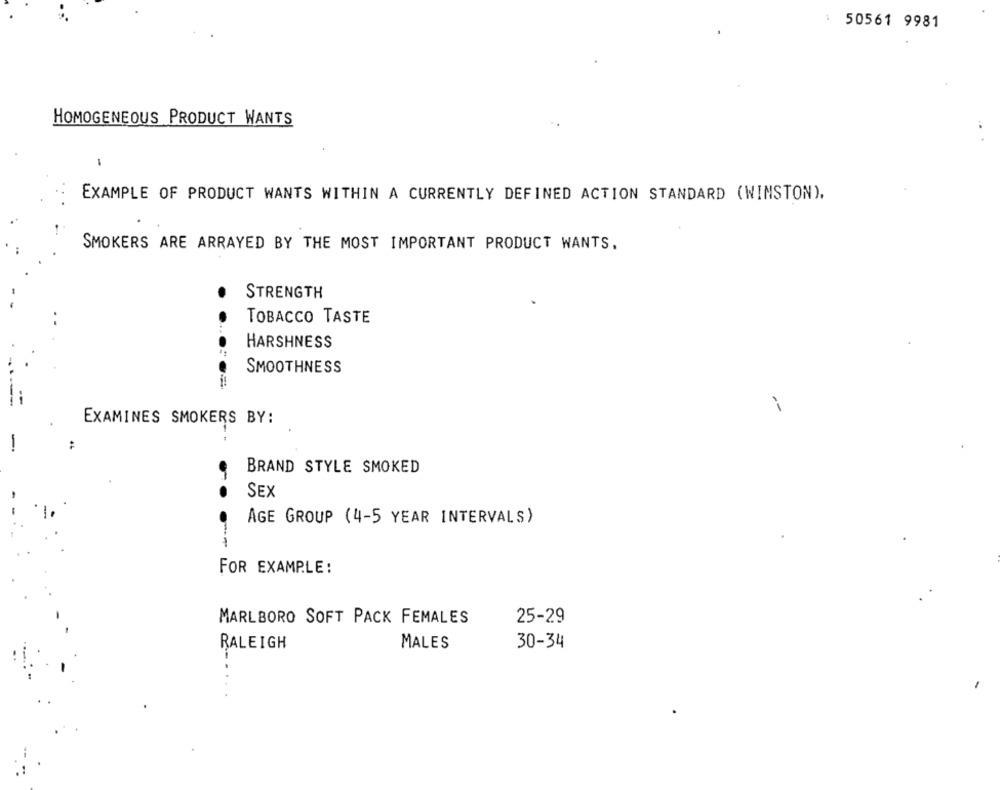
50561 9981
HOMOGENEOUS PRODUCT WANTS
EXAMPLE OF PRODUCT WANTS WITHIN A CURRENTLY DEFINED ACTION STANDARD (WINSTON).
SMOKERS ARE ARRAYED BY THE MOST IMPORTANT PRODUCT WANTS.
STRENGTH
..
TOBACCO TASTE
HARSHNESS
SMOOTHNESS
EXAMINES SMOKERS BY:
BRAND STYLE SMOKED
SEX
AGE GROUP (4-5 YEAR INTERVALS)
FOR EXAMPLE:
MARLBORO SOFT PACK FEMALES
25-29
RALEIGH
MALES
30-34